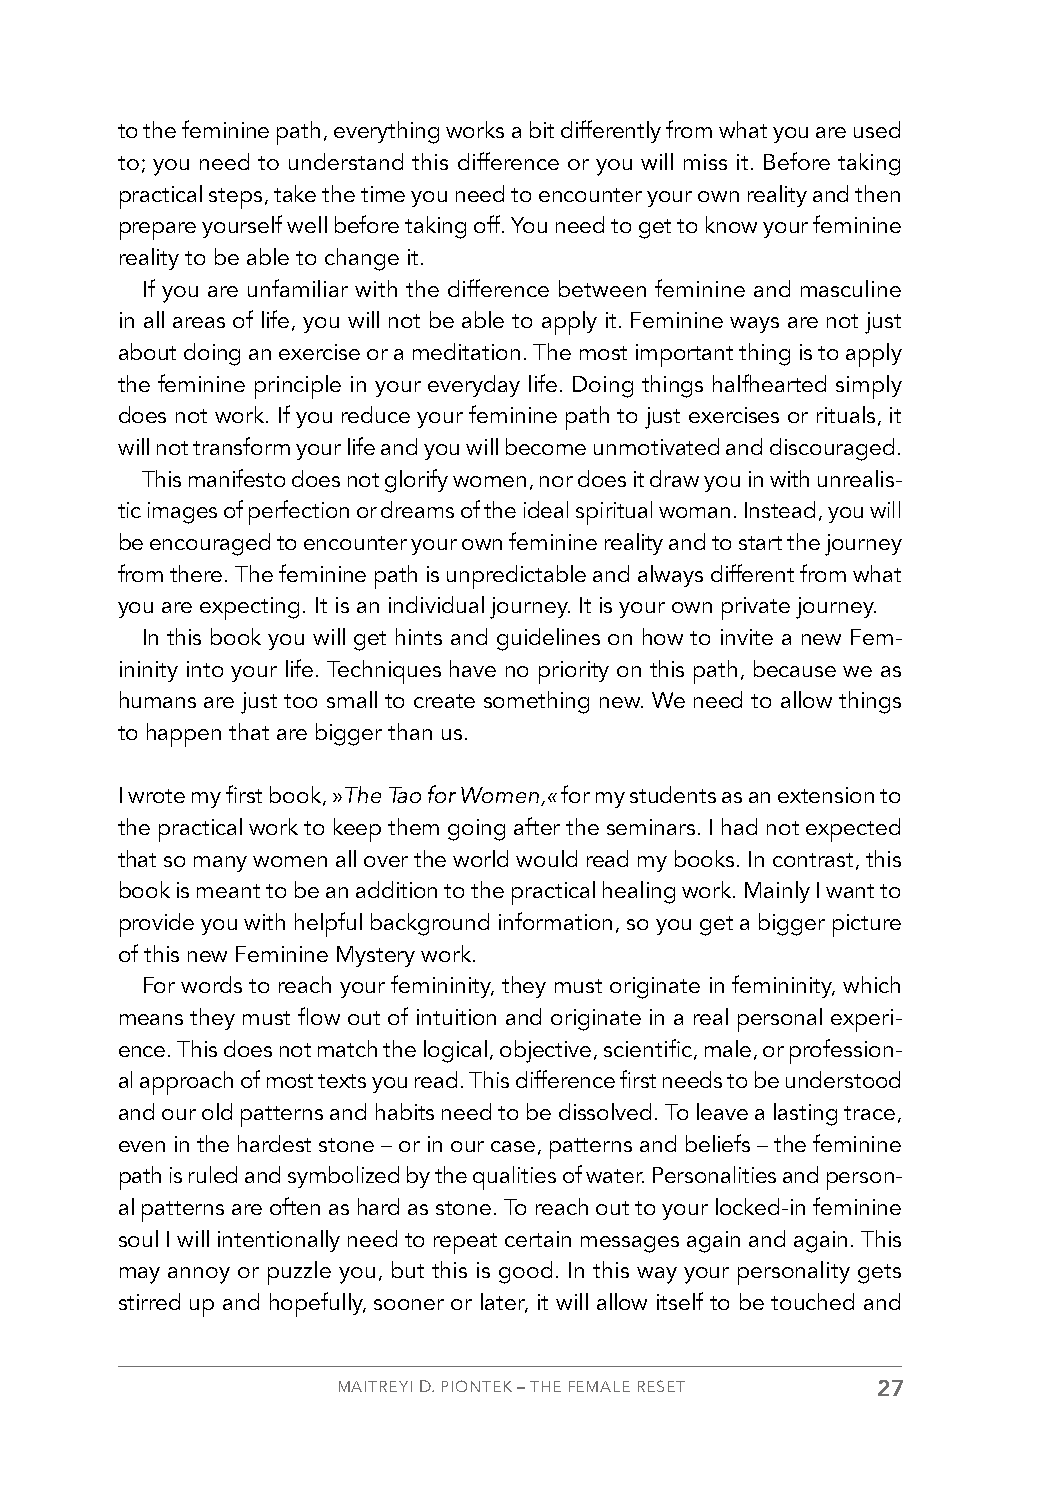
to the feminine path, everything works a bit differently from what you are used
 to; you need to understand this difference or you will miss it. Before taking
 practical steps, take the time you need to encounter your own reality and then
 prepare yourself well before taking off. You need to get to know your feminine
 reality to be able to change it.
 If you are unfamiliar with the difference between feminine and masculine
 in all areas of life, you will not be able to apply it. Feminine ways are not just
 about doing an exercise or a meditation. The most important thing is to apply
 the feminine principle in your everyday life. Doing things halfhearted simply
 does not work. If you reduce your feminine path to just exercises or rituals, it
 will not transform your life and you will become unmotivated and discouraged.
 This manifesto does not glorify women, nor does it draw you in with unrealis-
 tic images of perfection or dreams of the ideal spiritual woman. Instead, you will
 be encouraged to encounter your own feminine reality and to start the journey
 from there. The feminine path is unpredictable and always different from what
 you are expecting. It is an individual journey. It is your own private journey.
 In this book you will get hints and guidelines on how to invite a new Fem-
 ininity into your life. Techniques have no priority on this path, because we as
 humans are just too small to create something new. We need to allow things
 to happen that are bigger than us.
 I wrote my first book, »The Tao for Women,« for my students as an extension to
 the practical work to keep them going after the seminars. I had not expected
 that so many women all over the world would read my books. In contrast, this
 book is meant to be an addition to the practical healing work. Mainly I want to
 provide you with helpful background information, so you get a bigger picture
 of this new Feminine Mystery work.
 For words to reach your femininity, they must originate in femininity, which
 means they must flow out of intuition and originate in a real personal experi-
 ence. This does not match the logical, objective, scientific, male, or profession-
 al approach of most texts you read. This difference first needs to be understood
 and our old patterns and habits need to be dissolved. To leave a lasting trace,
 even in the hardest stone – or in our case, patterns and beliefs – the feminine
 path is ruled and symbolized by the qualities of water. Personalities and person-
 al patterns are often as hard as stone. To reach out to your locked-in feminine
 soul I will intentionally need to repeat certain messages again and again. This
 may annoy or puzzle you, but this is good. In this way your personality gets
 stirred up and hopefully, sooner or later, it will allow itself to be touched and
 MAITREYI D. PIONTEK – THE FEMALE RESET 27